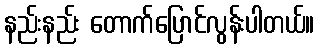
နည်းနည်း တောက်ပြောင်လွန်းပါတယ်။